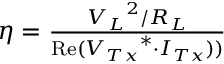
\begin{array} { r } { \eta = \frac { { { V _ { L } } ^ { 2 } / { R _ { L } } } } { { \operatorname { R e } ( { V _ { T x } } ^ { * } \cdot { I _ { T x } } ) ) } } } \end{array}